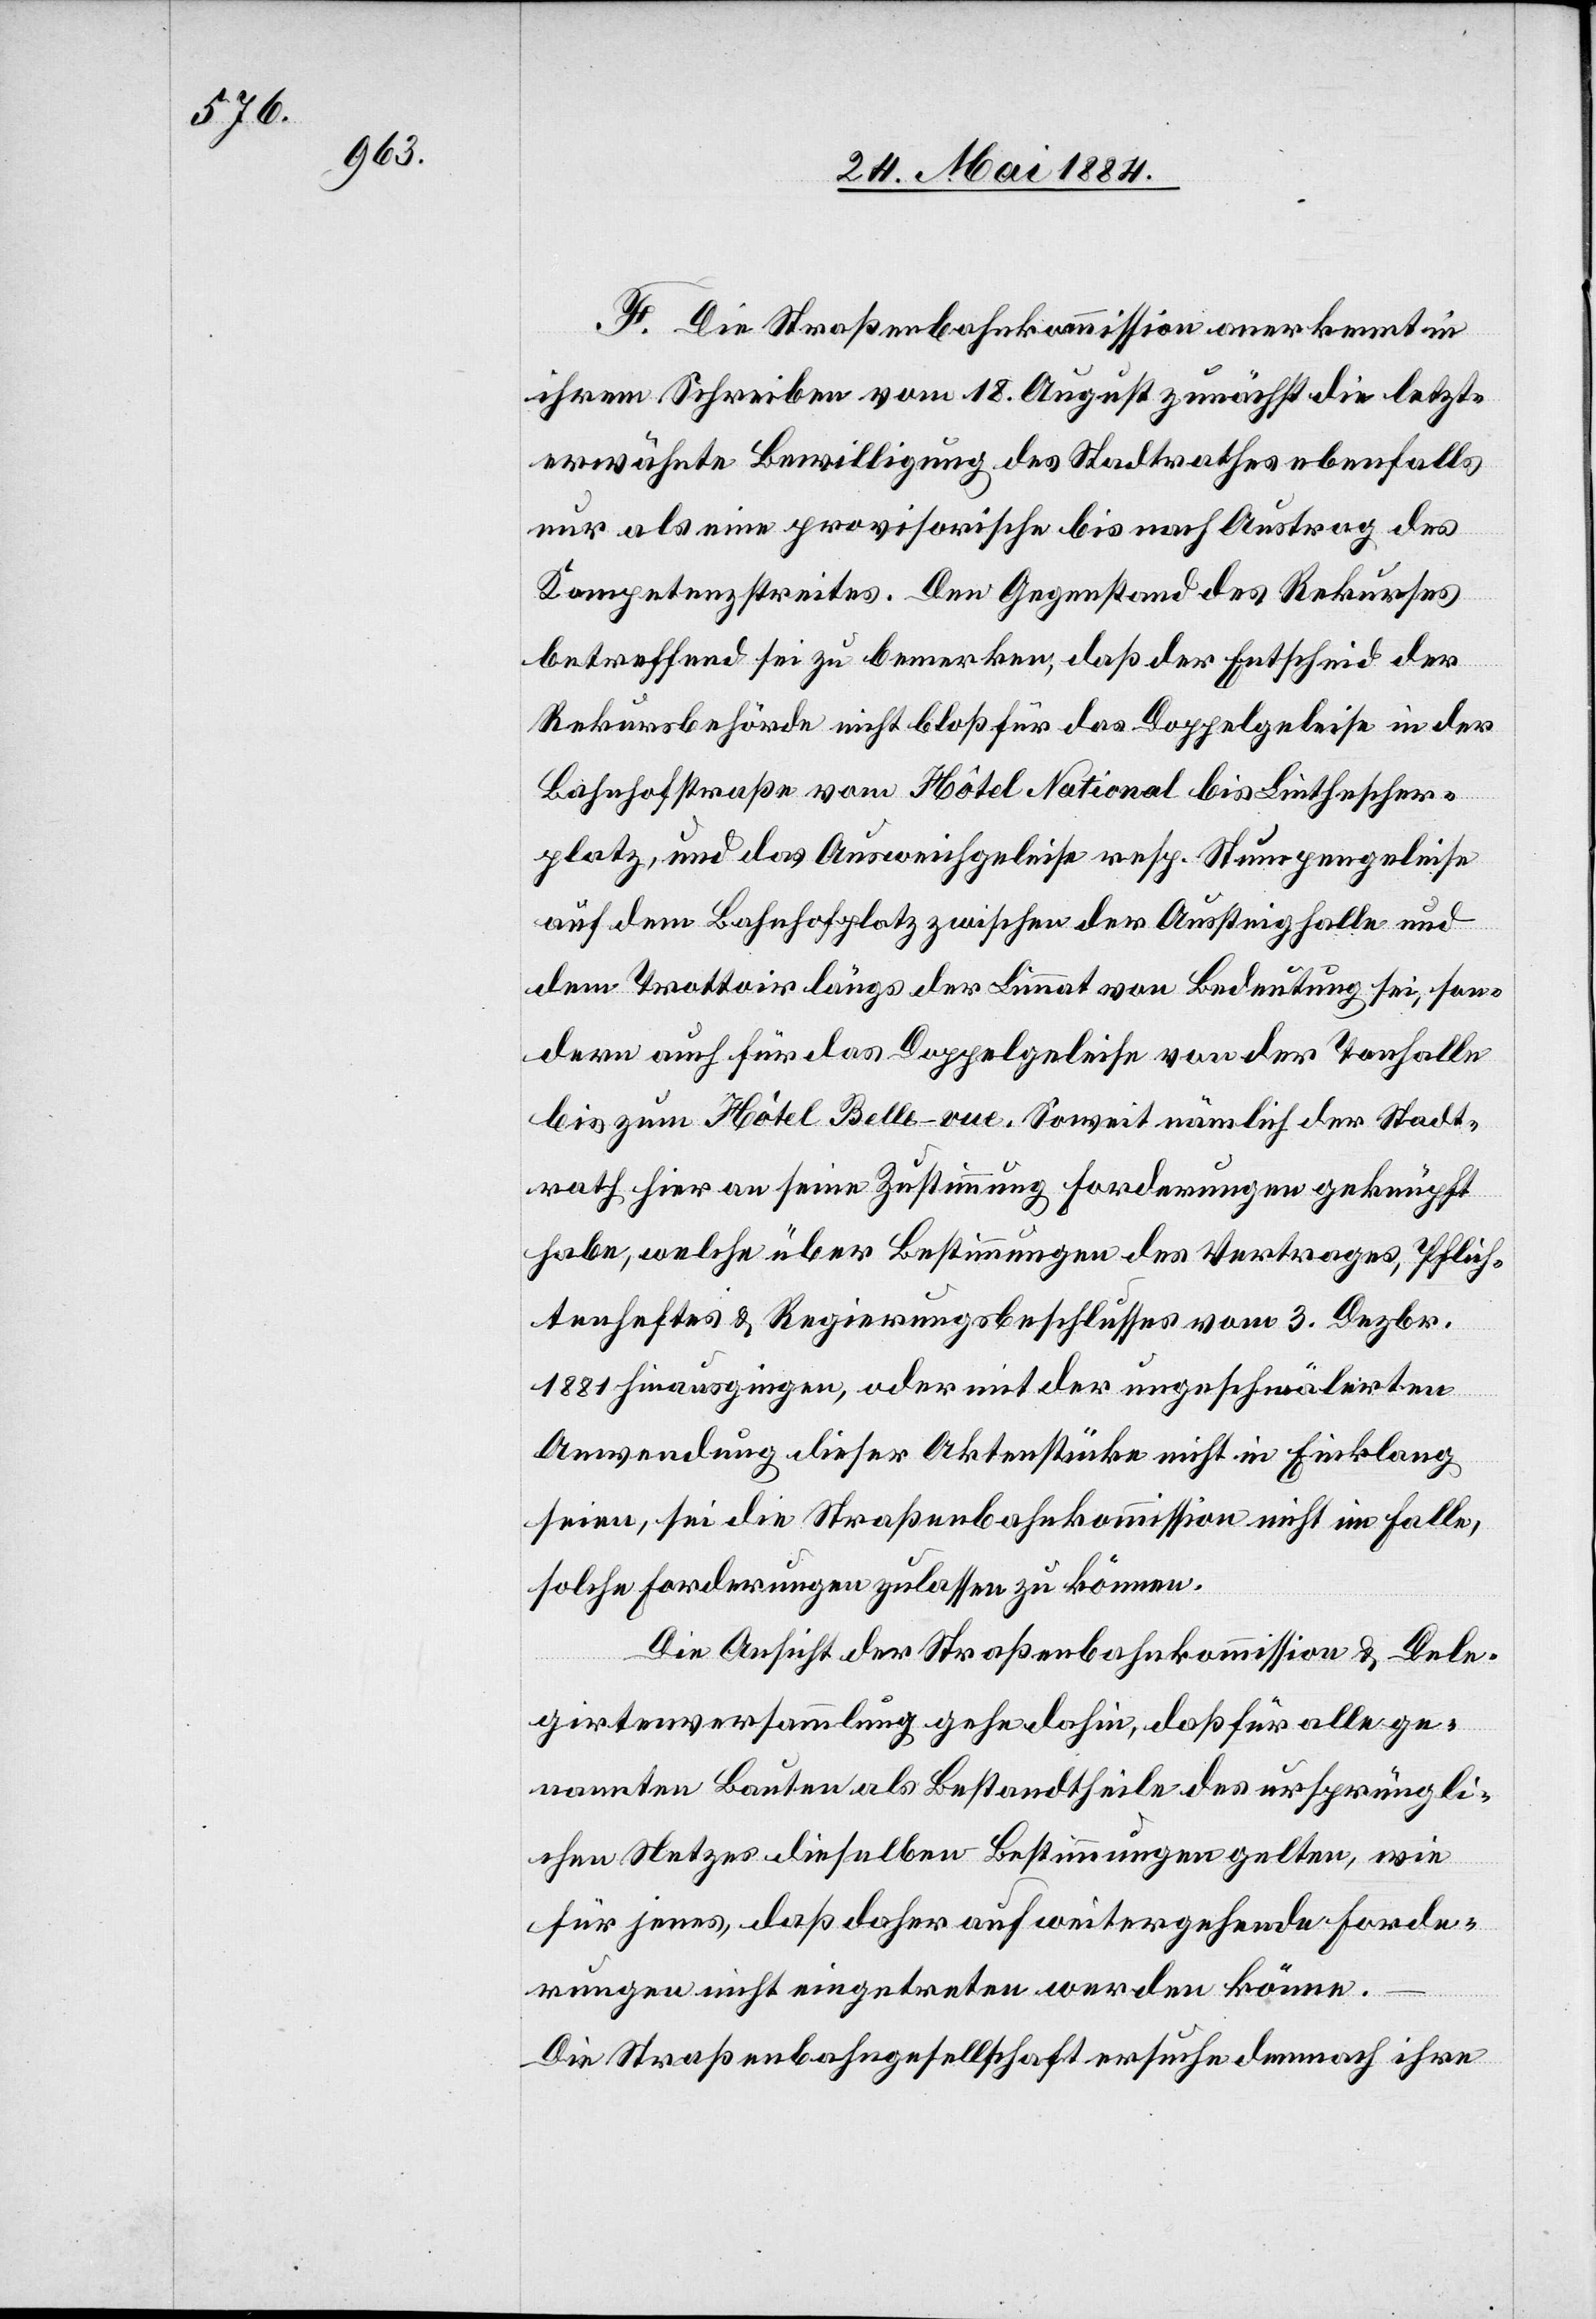
F. Die Straßenbahnkommission anerkennt in
ihrem Schreiben vom 18. August zunächst die letzt¬
erwähnte Bewilligung des Stadtrathes ebenfalls
nur als eine provisorische bis nach Austrag des
Kompetenzstreites. Den Gegenstand des Rekurses
betreffend sei zu bemerken, daß der Entscheid der
Rekursbehörde nicht bloß für das Doppelgeleise in der
Bahnhofstraße vom Hôtel National bis Linthescher¬
platz, und das Ausweichgeleise resp. Stumpengeleise
auf dem Bahnhofplatz zwischen der Aussteighalle und
dem Trottoir längs der Limmat von Bedeutung sei, son¬
dern auch für das Doppelgeleise von der Tonhalle
bis zum Hôtel Belle-vue. Soweit nämlich der Stadt¬
rath hier an seiner Zustimmung Forderungen geknüpft
habe, welche über Bestimmungen des Vertrages, Pflich¬
tenheftes, & Regierungsbeschlusses vom 3. Dezbr.
1881 hinausgingen, oder mit der ungeschmälerten
Anwendung dieser Aktenstücke nicht im Einklang
seien, sei die Straßenbahnkommission nicht im Falle,
solche Forderungen zulassen zu können.
Die Ansicht der Straßenbahnkommission & Dele¬
girtenversammlung gehe dahin, daß für alle ge¬
nannten Bauten als Bestandtheile des ursprüngli¬
chen Netzes dieselben Bestimmungen gelten, wie
für jenes, daß daher auf weitergehende Forde¬
rungen nicht eingetreten werden könne.
Die Straßenbahngesellschaft ersuche demnach ihre